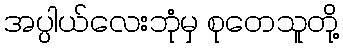
အပ္ပါယ်လေးဘုံမှ စုတေသူတို့